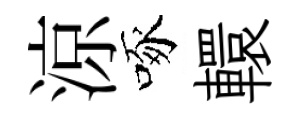
涼啄轘